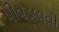
પીવડાવવી